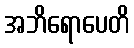
အဘိရောပေတိ